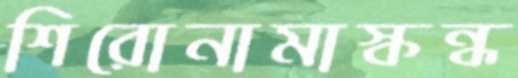
শিরোনামাস্কন্ধ